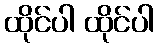
ထိုင်ပါ ထိုင်ပါ